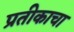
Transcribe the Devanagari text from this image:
प्रतीकाचा